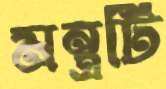
মন্ত্রটি